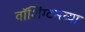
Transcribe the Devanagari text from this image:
वाॅशिंग्टनच्या